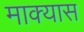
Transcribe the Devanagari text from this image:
माक्यास